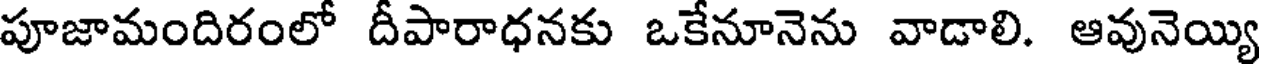
పూజామందిరంలో దీపారాధనకు ఒకేనూనెను వాడాలి. ఆవునెయ్యి